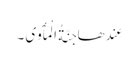
عِندَھا جَنَّةُ الْمَأْوَی ۔